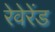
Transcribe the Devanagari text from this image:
रेवेरेंड